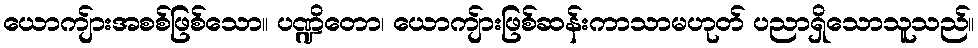
ယောကျ်ားအစစ်ဖြစ်သော။ ပဏ္ဍိတော၊ ယောကျ်ားဖြစ်ဆန်းကာသာမဟုတ် ပညာရှိသောသူသည်။